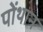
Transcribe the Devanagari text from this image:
पोंथान